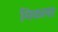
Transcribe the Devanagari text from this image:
मिळला